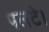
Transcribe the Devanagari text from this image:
पलटे।